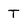
Character: T